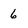
Character: 6